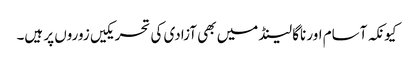
کیونکہ آسام اور ناگا لینڈ میں بھی آزادی کی تحریکیں زوروں پر ہیں۔